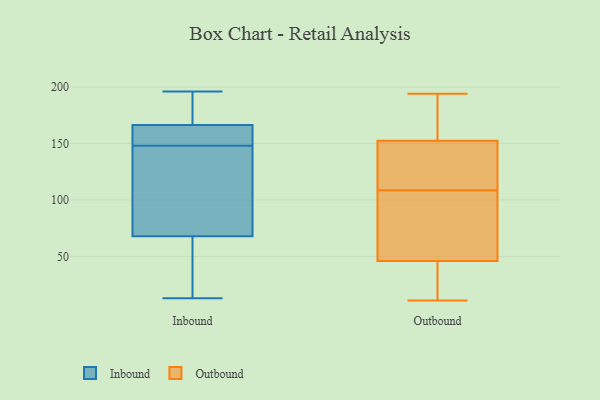
{"axis": {"x": "Shipments", "y": "Value"}, "legend": ["Inbound", "Outbound"], "data": [{"x": "", "y": 150, "type": "Inbound"}, {"x": "", "y": 177, "type": "Inbound"}, {"x": "", "y": 44, "type": "Inbound"}, {"x": "", "y": 38, "type": "Inbound"}, {"x": "", "y": 156, "type": "Inbound"}, {"x": "", "y": 114, "type": "Inbound"}, {"x": "", "y": 13, "type": "Inbound"}, {"x": "", "y": 88, "type": "Inbound"}, {"x": "", "y": 148, "type": "Inbound"}, {"x": "", "y": 191, "type": "Inbound"}, {"x": "", "y": 170, "type": "Inbound"}, {"x": "", "y": 102, "type": "Inbound"}, {"x": "", "y": 153, "type": "Inbound"}, {"x": "", "y": 196, "type": "Inbound"}, {"x": "", "y": 61, "type": "Inbound"}, {"x": "", "y": 95, "type": "Outbound"}, {"x": "", "y": 132, "type": "Outbound"}, {"x": "", "y": 138, "type": "Outbound"}, {"x": "", "y": 194, "type": "Outbound"}, {"x": "", "y": 51, "type": "Outbound"}, {"x": "", "y": 155, "type": "Outbound"}, {"x": "", "y": 105, "type": "Outbound"}, {"x": "", "y": 112, "type": "Outbound"}, {"x": "", "y": 39, "type": "Outbound"}, {"x": "", "y": 40, "type": "Outbound"}, {"x": "", "y": 13, "type": "Outbound"}, {"x": "", "y": 150, "type": "Outbound"}, {"x": "", "y": 78, "type": "Outbound"}, {"x": "", "y": 79, "type": "Outbound"}, {"x": "", "y": 172, "type": "Outbound"}, {"x": "", "y": 163, "type": "Outbound"}, {"x": "", "y": 41, "type": "Outbound"}, {"x": "", "y": 164, "type": "Outbound"}, {"x": "", "y": 11, "type": "Outbound"}, {"x": "", "y": 146, "type": "Outbound"}]}